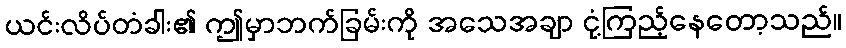
ယင်းလိပ်တံခါး၏ ဤမှာဘက်ခြမ်းကို အသေအချာ ငုံ့ကြည့်နေတော့သည်။